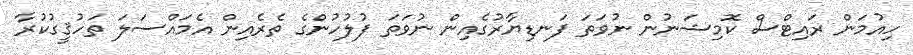
ހިއުމަން ރައިޓްސް ކޮމިޝަނުން ނުވަތަ ފަނޑިޔާރުގެއިން ނުވަތަ ފުލުހުންގެ ތެރެއިން އެމައްސަލަ ތަހުޤީގުކުރާ